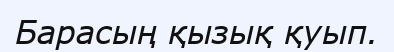
Барасың қызық қуып.